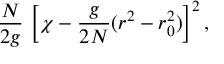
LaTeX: \frac { N } { 2 g } \, \left[ \chi - \frac { g } { 2 N } ( r ^ { 2 } - r _ { 0 } ^ { 2 } ) \right] ^ { 2 } ,